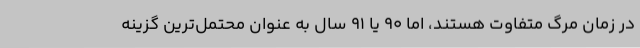
در زمان مرگ متفاوت هستند، اما 90 یا 91 سال به عنوان محتمل‌ترین گزینه